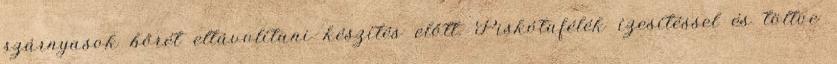
szárnyasok bőrét eltávolítani készítés előtt. Piskótafélék ízesítéssel és töltve